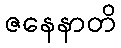
ဇနေနာတိ